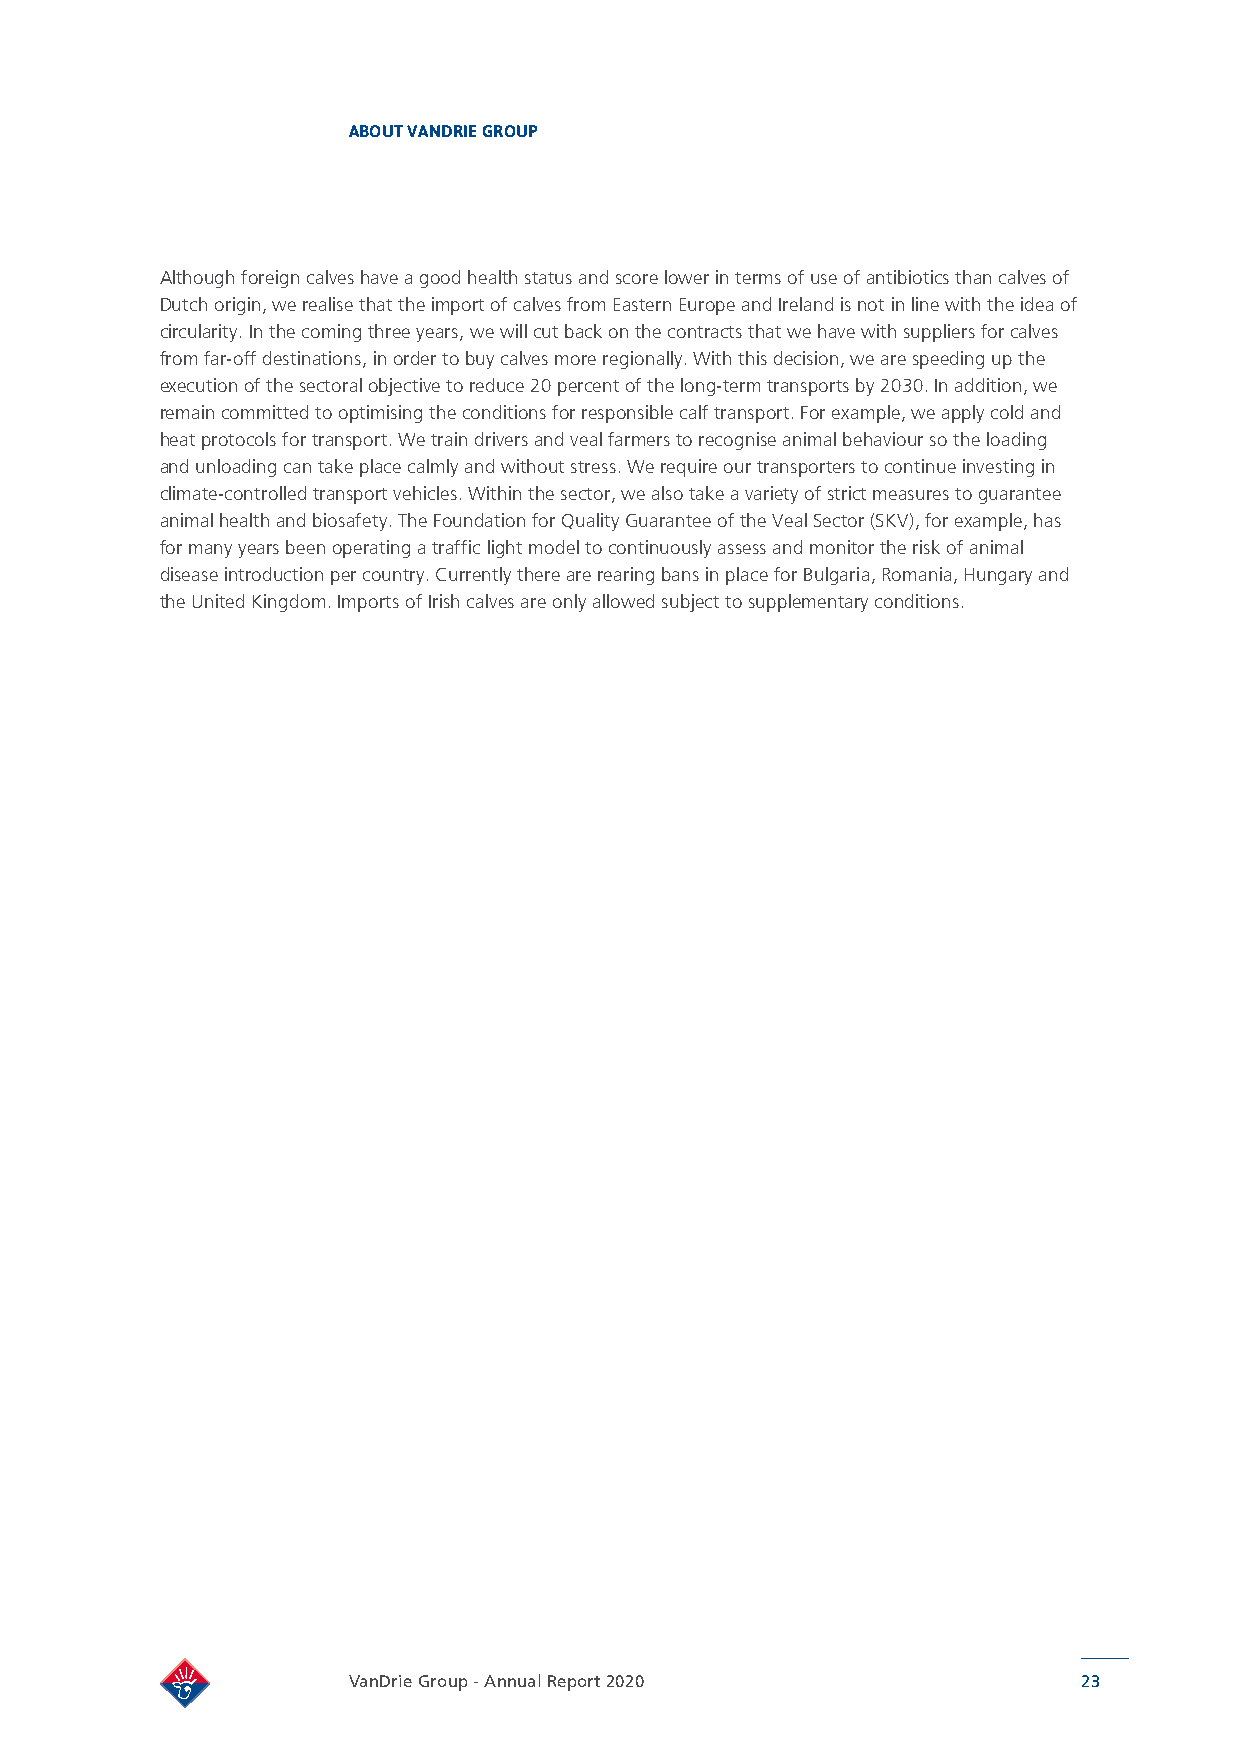
ABOUT VANDRIE GROUP
 Although foreign calves have a good health status and score lower in terms of use of antibiotics than calves of
 Dutch origin, we realise that the import of calves from Eastern Europe and Ireland is not in line with the idea of
 circularity. In the coming three years, we will cut back on the contracts that we have with suppliers for calves
 from far-off destinations, in order to buy calves more regionally. With this decision, we are speeding up the
 execution of the sectoral objective to reduce 20 percent of the long-term transports by 2030. In addition, we
 remain committed to optimising the conditions for responsible calf transport. For example, we apply cold and
 heat protocols for transport. We train drivers and veal farmers to recognise animal behaviour so the loading
 and unloading can take place calmly and without stress. We require our transporters to continue investing in
 climate-controlled transport vehicles. Within the sector, we also take a variety of strict measures to guarantee
 animal health and biosafety. The Foundation for Quality Guarantee of the Veal Sector (SKV), for example, has
 for many years been operating a traffic light model to continuously assess and monitor the risk of animal
 disease introduction per country. Currently there are rearing bans in place for Bulgaria, Romania, Hungary and
 the United Kingdom. Imports of Irish calves are only allowed subject to supplementary conditions.
 VanDrie Group - Annual Report 2020               23